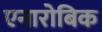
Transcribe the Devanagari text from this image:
एनारोबिक